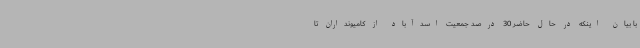
با بیان اینکه در حال حاضر 30 درصد جمعیت اسدآباد از کامیونداران تا